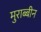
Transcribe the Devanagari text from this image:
मुराब्बीन